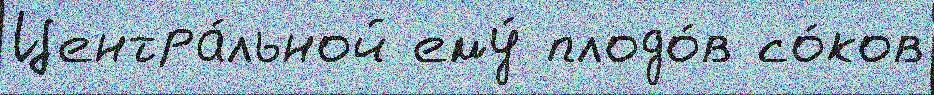
Центра́льной ему́ плодо́в со́ков